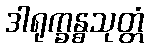
ဒါရုက္ခန္ဓသုတ္တံ